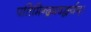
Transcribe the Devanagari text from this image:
पतिमिन्द्रमवद्धर्यन्।